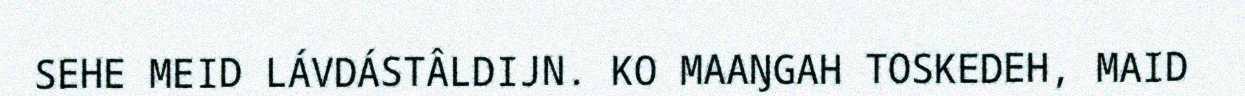
SEHE MEID LÁVDÁSTÂLDIJN. KO MAAŊGAH TOSKEDEH, MAID